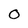
Character: O